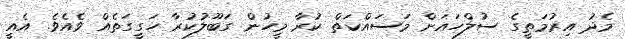
މެދު އިރުމަތީގެ ސުލްހައަށް މަސައްކަތް ކުރާ މީހުން ގަބޫލުކުރާ ހަގީގަތެއް ވެއެވެ. އެއީ